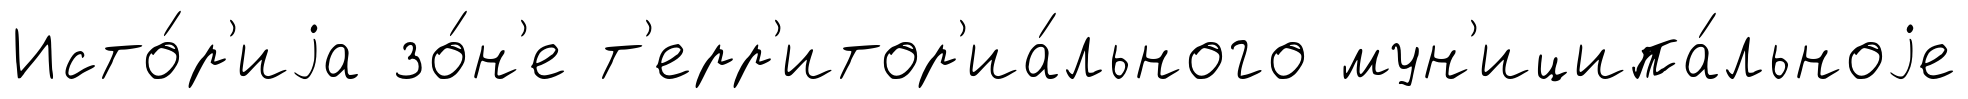
Исто́р'иjа зо́н'е т'ерр'итор'иа́льного мун'иципа́льноjе